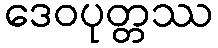
ဒေဝပုတ္တဿ